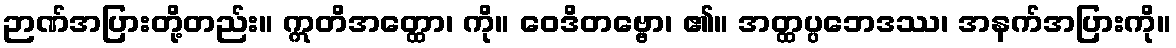
ဉာဏ်အပြားတို့တည်း။ ဣတိအတ္ထော၊ ကို။ ဝေဒိတဗ္ဗော၊ ၏။ အတ္ထပ္ပဘေဒဿ၊ အနက်အပြားကို။